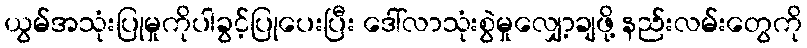
ယွမ်အသုံးပြုမှုကိုပါခွင့်ပြုပေးပြီး ဒေါ်လာသုံးစွဲမှုလျှော့ချဖို့ နည်းလမ်းတွေကို